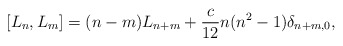
\begin{align*}[L_n,L_m] = (n-m) L_{n+m} + \frac{c}{12} n(n^2-1) \delta_{n+m,0},\end{align*}